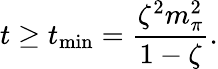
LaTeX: t\geq t_{\mathrm{min}}=\frac{\zeta^{2}m_{\pi}^{2}}{1-\zeta}.